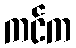
ကင်က